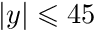
\vert y \vert \leqslant 4 5